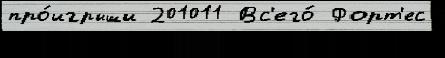
про́игрыши 201011 Вс'его́ Форт'ес